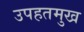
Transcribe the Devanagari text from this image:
उपहतमुख